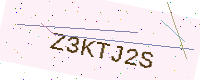
Text: Z3KTJ2S